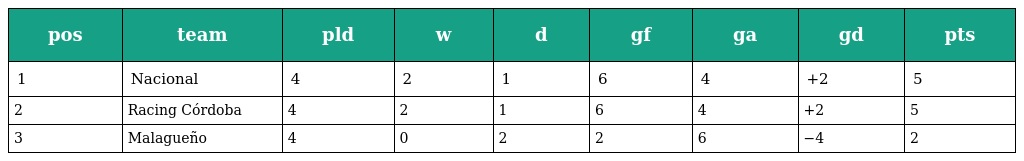
| pos | team | pld | w | d | gf | ga | gd | pts |
 | --- | --- | --- | --- | --- | --- | --- | --- | --- |
 | 1 | Nacional | 4 | 2 | 1 | 6 | 4 | +2 | 5 |
 | 2 | Racing Córdoba | 4 | 2 | 1 | 6 | 4 | +2 | 5 |
 | 3 | Malagueño | 4 | 0 | 2 | 2 | 6 | −4 | 2 |